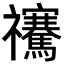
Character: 𥜴